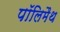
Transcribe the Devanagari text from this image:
पॉलिमैथ